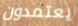
يعتمدون